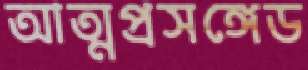
আত্মপ্রসঙ্গেড